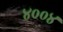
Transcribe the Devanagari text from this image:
४००४